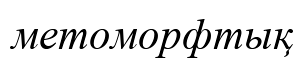
метоморфтық